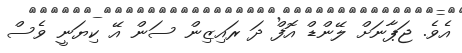
އެވެ. ޖަޕާނަށް ލޭންޑް އޮފް ދަ ރައިޒިން ސަން އޭ ކިޔަނީ ވެސް